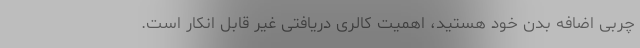
چربی اضافه بدن خود هستید، اهمیت کالری دریافتی غیر قابل انکار است.